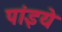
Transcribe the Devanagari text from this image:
पांइये